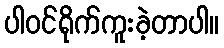
ပါဝင်ရိုက်ကူးခဲ့တာပါ။